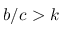
b / c > k